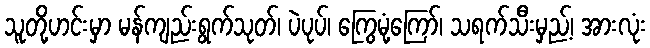
သူတို့ဟင်းမှာ မန်ကျည်းရွက်သုတ်၊ ပဲပုပ်၊ ကြွေမုံ့ကြော်၊ သရက်သီးမှည့်၊ အားလုံး